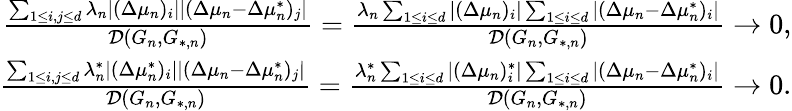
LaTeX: \begin{array}{r}{\frac{\sum_{1\leq i,j\leq d}{\lambda_{n}|(\Delta\mu_{n})_{i}||(\Delta\mu_{n}-\Delta\mu_{n}^{*})_{j}|}}{\mathcal{D}(G_{n},G_{*,n})}=\frac{\lambda_{n}\sum_{1\leq i\leq d}{|(\Delta\mu_{n})_{i}|}\sum_{1\leq i\leq d}{|(\Delta\mu_{n}-\Delta\mu_{n}^{*})_{i}|}}{\mathcal{D}(G_{n},G_{*,n})}\to 0,}\\ {\frac{\sum_{1\leq i,j\leq d}\lambda_{n}^{*}|(\Delta\mu_{n}^{*})_{i}||(\Delta\mu_{n}-\Delta\mu_{n}^{*})_{j}|}{\mathcal{D}(G_{n},G_{*,n})}=\frac{\lambda_{n}^{*}\sum_{1\leq i\leq d}{|(\Delta\mu_{n})_{i}^{*}|}\sum_{1\leq i\leq d}{|(\Delta\mu_{n}-\Delta\mu_{n}^{*})_{i}|}}{\mathcal{D}(G_{n},G_{*,n})}\to 0.}\end{array}